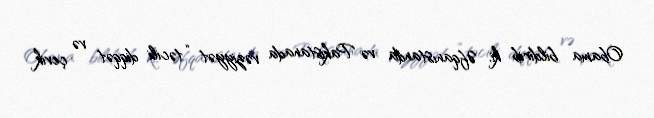
Obama bildirib ki, Əfqanıstanda və Pakistanada vəziyyət “təcili diqqət və çevik